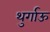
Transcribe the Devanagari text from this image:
थुर्गाऊ